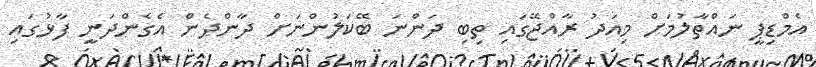
އެމްޑިޕީ ނައްތާލުމަށް މިއަދު ރާއްޖޭގައި ތިބި ދަންނަ ބޭކަލުންނަށް ދާންދެން އެގެންދަނީ ފާޅުގައި